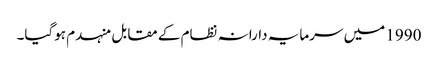
1990 میں سرمایہ دارانہ نظام کے مقابل منہدم ہوگیا۔